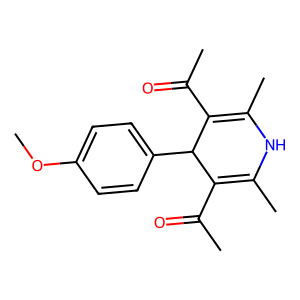
SMILES: COc1ccc(C2C(C(C)=O)=C(C)NC(C)=C2C(C)=O)cc1
Inhibits HIV replication: No